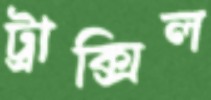
ট্রাক্সিল